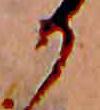
か